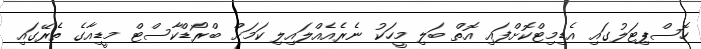
ހޮސްޕިޓަލުގައި އެޑިމިޓްކޮށްފައި އޮތް ބަލި މީހަކު ނެރެއެއްލައިލި ކަމަށް ބްރޯޑްކާސްޓް މީޑިއާގެ ތެރޭގައި